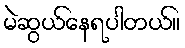
မဲဆွယ်နေရပါတယ်။